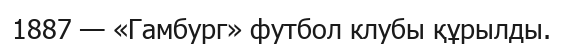
1887 — «Гамбург» футбол клубы құрылды.